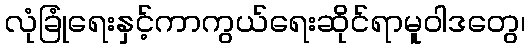
လုံခြုံရေးနှင့်ကာကွယ်ရေးဆိုင်ရာမူဝါဒတွေ၊